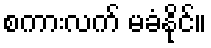
စကားလက် မခံနိုင်။